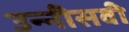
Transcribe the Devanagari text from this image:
उन्‍नीसवी